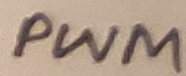
Text: PWM